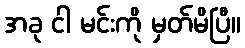
အခု ငါ မင်းကို မှတ်မိပြီ။